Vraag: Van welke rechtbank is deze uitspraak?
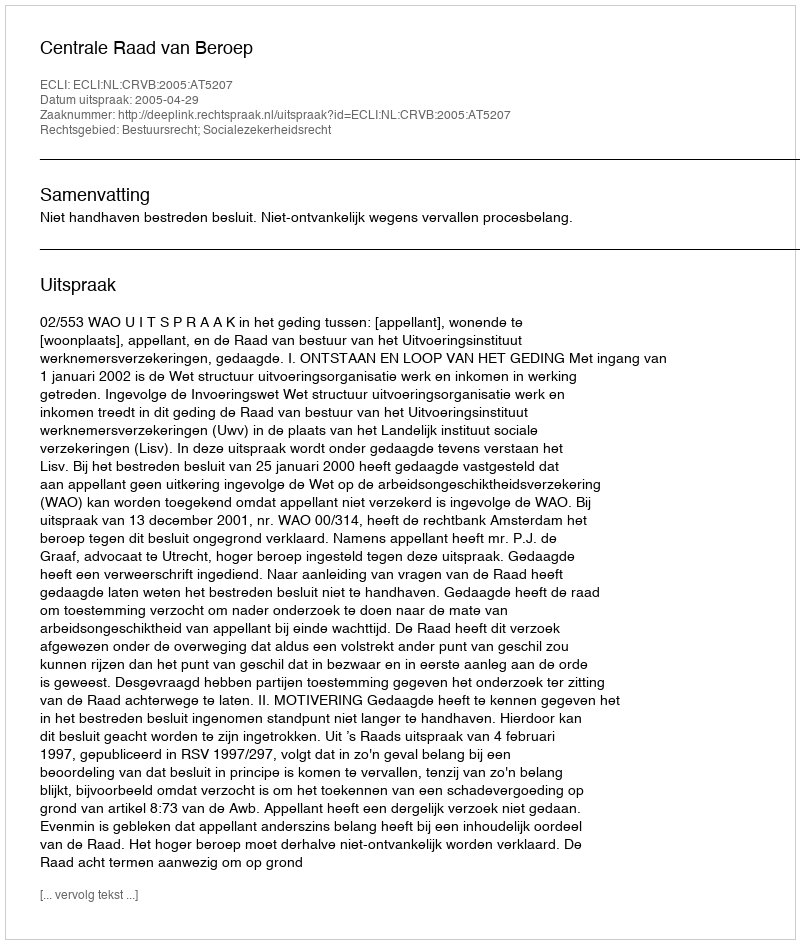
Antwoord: Centrale Raad van Beroep